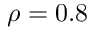
\rho = 0 . 8